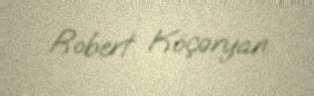
Robert Köçəryan.